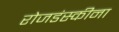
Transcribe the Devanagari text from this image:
रोजडंस्कीना